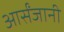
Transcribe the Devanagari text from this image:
आर्संजानी